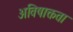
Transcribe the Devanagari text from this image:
अविषाक्तता